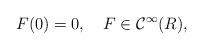
LaTeX: \begin{align*}F(0)=0,\quad F\in{\mathcal C}^{\infty}(R),\end{align*}